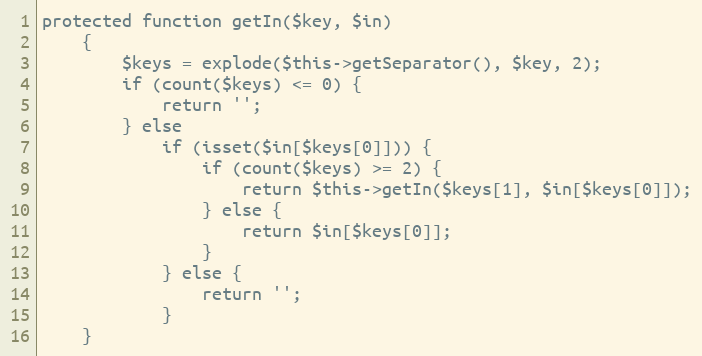
Language: PHP
protected function getIn($key, $in)
    {
        $keys = explode($this->getSeparator(), $key, 2);
        if (count($keys) <= 0) {
            return '';
        } else
            if (isset($in[$keys[0]])) {
                if (count($keys) >= 2) {
                    return $this->getIn($keys[1], $in[$keys[0]]);
                } else {
                    return $in[$keys[0]];
                }
            } else {
                return '';
            }
    }